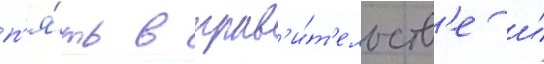
п'я́ть в прав'и́т'ельств'е и́